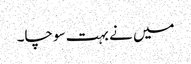
میں نے بہت سوچا۔